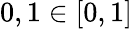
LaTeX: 0,1\in[0,1]